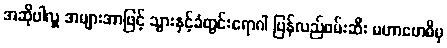
အဆိုပါလှူ အများအာဖြင့် သွားနှင့်ခံတွင်းရောဂါ ပြန်လည်ဖမ်းဆီး မဟာဗောဓိမှ